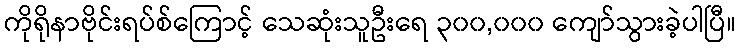
ကိုရိုနာဗိုင်းရပ်စ်ကြောင့် သေဆုံးသူဦးရေ ၃၀၀,၀၀၀ ကျော်သွားခဲ့ပါပြီ။